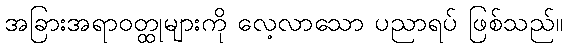
အခြားအရာဝတ္ထုများကို လေ့လာသော ပညာရပ် ဖြစ်သည်။